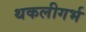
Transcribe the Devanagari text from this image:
थकलीगर्भ